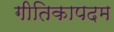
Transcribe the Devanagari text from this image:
गीतिकापदम